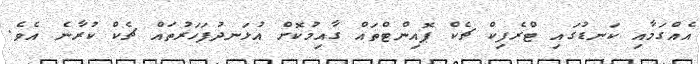
އެއްގަމާއި ކަނޑުގައި ޓްރެފިކް ޗެކް ޕޮއިންޓްތައް ގާއިމުކޮށް އުޅަނދުފަހަރުތައް ޗެކް ކުރާނެ އެވެ.